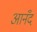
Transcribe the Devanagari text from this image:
आनँद